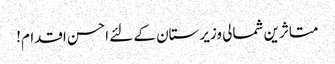
متاثرین شمالی وزیرستان کے لئے احسن اقدام!